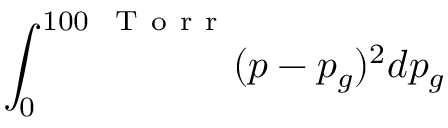
\int _ { 0 } ^ { 1 0 0 ~ \mathrm { ~ T ~ o ~ r ~ r ~ } } ( p - p _ { g } ) ^ { 2 } d p _ { g }